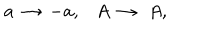
LaTeX: a \, \rightarrow \, - a , A \, \rightarrow \, \, A ,